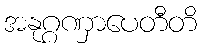
အနုဂ္ဂဏှာပေတီတိ